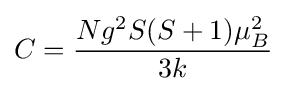
C={\frac {Ng^{2}S(S+1)\mu _{B}^{2}}{3k}}